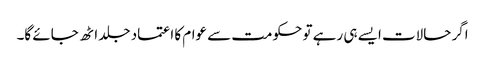
اگر حالات ایسے ہی رہے تو حکومت سے عوام کا اعتماد جلد اٹھ جائے گا۔